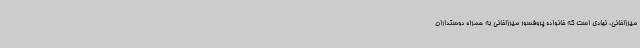
میرزاخانی، نهادی است که خانواده پروفسور میرزاخانی به همراه دوستداران